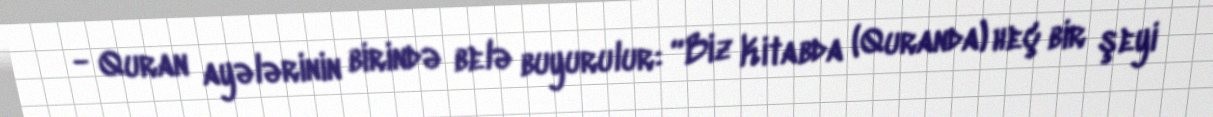
- Quran ayələrinin birində belə buyurulur: “Biz Kitabda (Quranda) heç bir şeyi